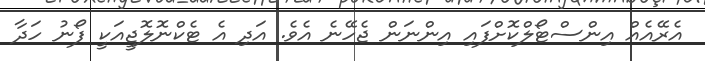
އެރޭއެއް އިންސްޓޯލްކޮށްފައި އިންނަން ޖެހޭނެ އެވެ. އަދި އެ ޓެކްނޮލޮޖީއަކީ ފޯނު ހަދާ